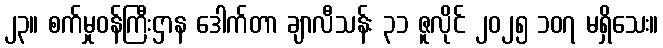
၂၃။ စက်မှုဝန်ကြီးဌာန ဒေါက်တာ ချာလီသန်း ၃၁ ဇူလိုင် ၂၀၂၅ ၁၀၇ မရှိသေး။